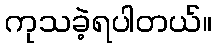
ကုသခဲ့ရပါတယ်။